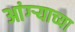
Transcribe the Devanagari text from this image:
आंग्र्‍याच्या